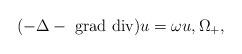
LaTeX: \begin{align*} (- \Delta - \; \mathrm{grad} \ \mathrm{div}) u = \omega u , \Omega_+ ,\end{align*}